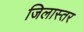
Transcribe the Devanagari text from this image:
जिलास्तर